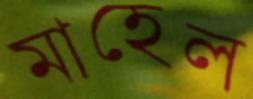
মাহেল